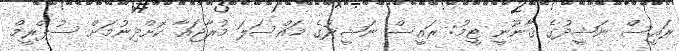
ރައީސް ނަޝީދުގެ ޤާނޫނީ ޓީމު: ރައީސް ނަޝީދުގެ މައްސަލަ މުރާޖަޢާ ކޮށްދިނުމަށް ސުޕްރީމް